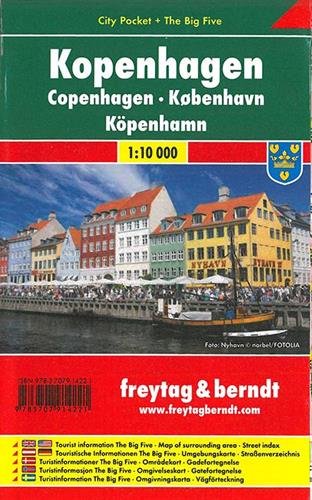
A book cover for Copenhagen City Pocket FB 1:10K (English, French and German Edition); Freytag-Berndt; Travel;